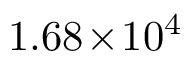
1 . 6 8 \! \times \! 1 0 ^ { 4 }